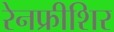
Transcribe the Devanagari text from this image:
रेनफ्रीशिर